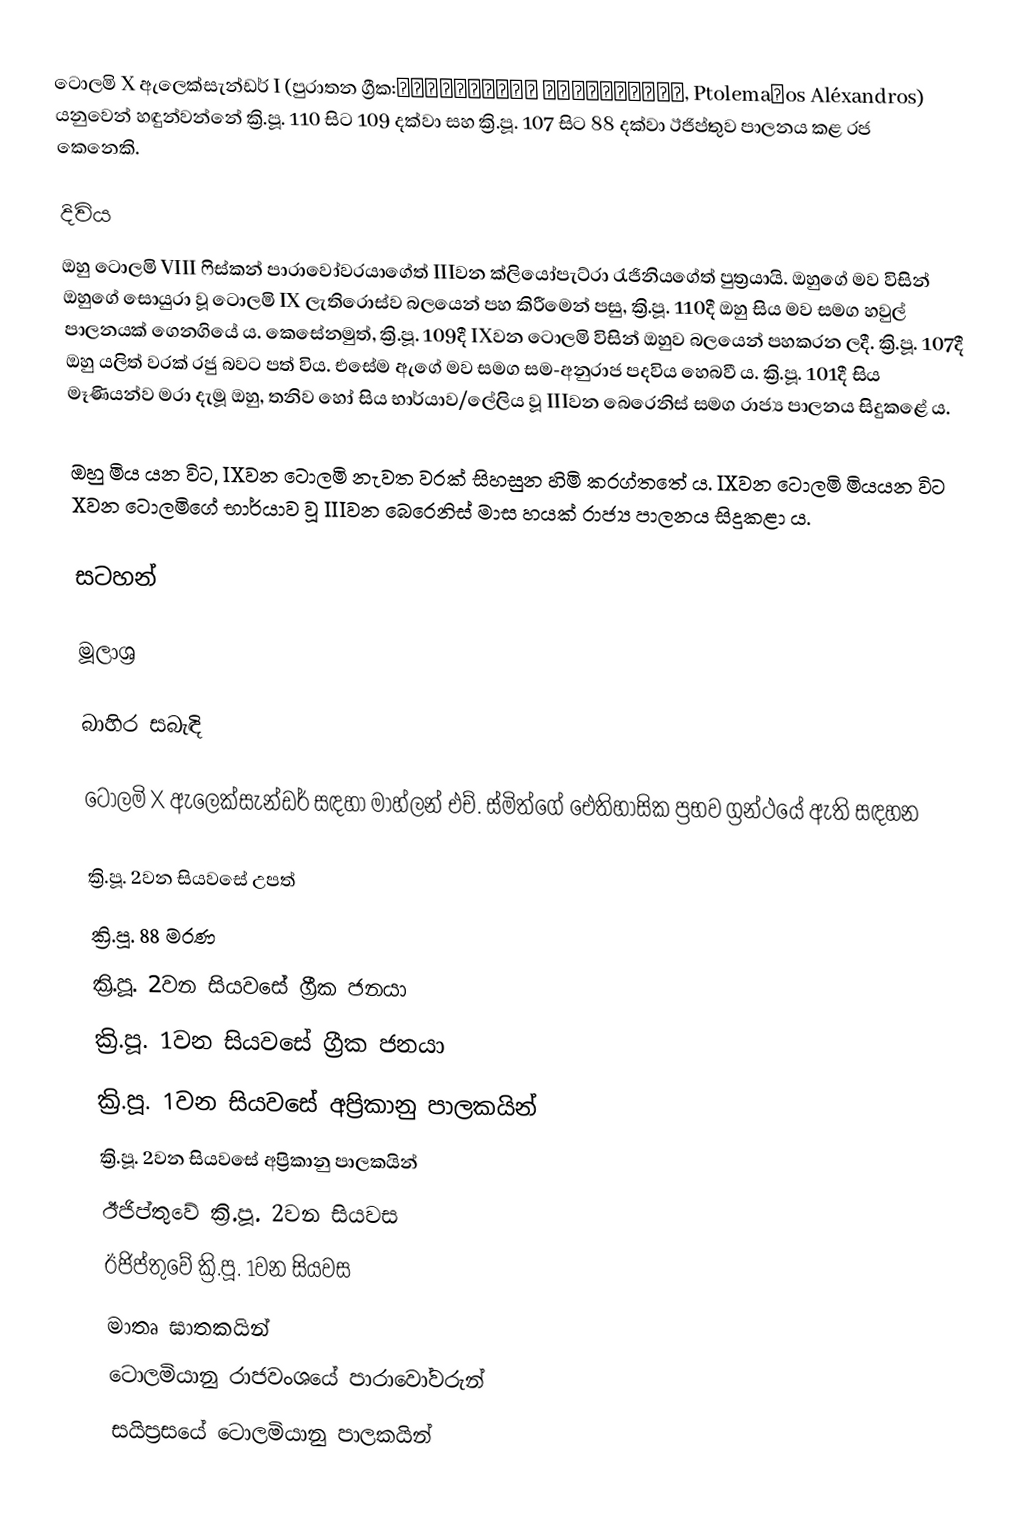
ටොලමි X ඇලෙක්සැන්ඩර් I (පුරාතන ග්‍රීක:Πτολεμαῖος Ἀλέξανδρος, Ptolemaĩos Aléxandros) යනුවෙන් හඳුන්වන්නේ ක්‍රි.පූ. 110 සිට 109 දක්වා සහ ක්‍රි.පූ. 107 සිට 88 දක්වා ඊජිප්තුව පාලනය කළ රජ කෙනෙකි.

දිවිය
ඔහු ටොලමි VIII ෆිස්කන් පාරාවෝවරයාගේත් IIIවන ක්ලියෝපැට්රා රැජිනියගේත් පුත්‍රයායි. ඔහුගේ මව විසින් ඔහුගේ සොයුරා වූ ටොලමි IX ලැතිරොස්ව බලයෙන් පහ කිරීමෙන් පසු, ක්‍රි.පූ. 110දී ඔහු සිය මව සමග හවුල් පාලනයක් ගෙනගියේ ය. කෙසේනමුත්, ක්‍රි.පූ. 109දී IXවන ටොලමි විසින් ඔහුව බලයෙන් පහකරන ලදී. ක්‍රි.පූ. 107දී ඔහු යලිත් වරක් රජු බවට පත් විය. එසේම ඇගේ මව සමග සම-අනුරාජ පදවිය හෙබවී ය. ක්‍රි.පූ. 101දී සිය මෑණියන්ව මරා දැමූ ඔහු, තනිව හෝ සිය භාර්යාව/ලේලිය වූ IIIවන බෙරෙනිස් සමග රාජ්‍ය පාලනය සිදුකළේ ය.

ඔහු මිය යන විට, IXවන ටොලමි නැවත වරක් සිහසුන හිමි කරග්තතේ ය. IXවන ටොලමි මියයන විට Xවන ටොලමිගේ භාර්යාව වූ IIIවන බෙරෙනිස් මාස හයක් රාජ්‍ය පාලනය සිදුකළා ය.

සටහන්

මූලාශ්‍ර

බාහිර සබැඳි

 ටොලමි X ඇලෙක්සැන්ඩර් සඳහා මාහ්ලන් එච්. ස්මිත්ගේ ඓතිහාසික ප්‍රභව ග්‍රන්ථයේ ඇති සඳහන

ක්‍රි.පූ. 2වන සියවසේ උපත්
ක්‍රි.පූ. 88 මරණ
ක්‍රි.පූ. 2වන සියවසේ ග්‍රීක ජනයා
ක්‍රි.පූ. 1වන සියවසේ ග්‍රීක ජනයා
ක්‍රි.පූ. 1වන සියවසේ අප්‍රිකානු පාලකයින්
ක්‍රි.පූ. 2වන සියවසේ අප්‍රිකානු පාලකයින්
ඊජිප්තුවේ ක්‍රි.පූ. 2වන සියවස
ඊජිප්තුවේ ක්‍රි.පූ. 1වන සියවස
මාතෘ ඝාතකයින්
ටොලමියානු රාජවංශයේ පාරාවෝවරුන්
සයිප්‍රසයේ ටොලමියානු පාලකයින්